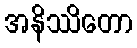
အနိဿိတော